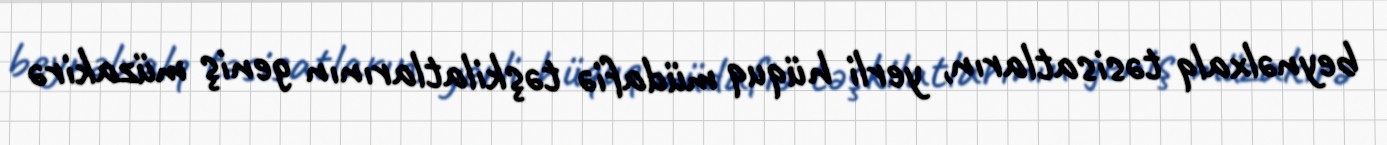
beynəlxalq təsisatların, yerli hüquq müdafiə təşkilatlarının geniş müzakirə